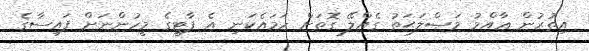
އިތުރުން ޢާއްމު މަޞްލަޙަތު ގެއްލޭ ގޮތަށް ހަމައެކަނި އެ ޕާޓީގެ މީހުންނަށް ފައިސާގެ